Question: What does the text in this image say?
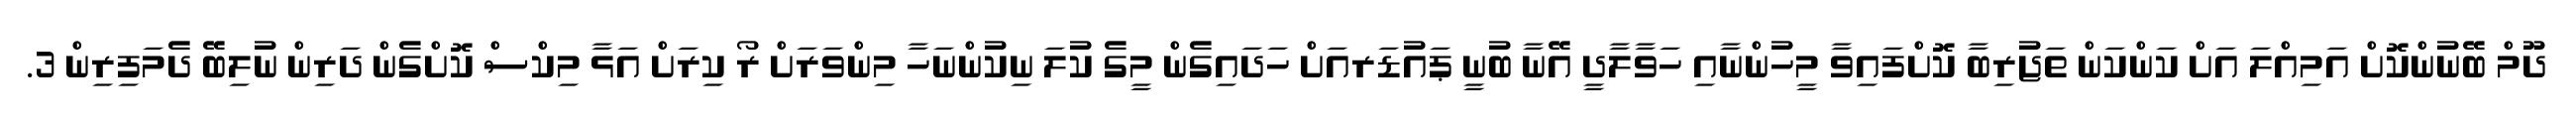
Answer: ދޫމް ބޭނުންކޮށް އަމިއްލަ އަށް ކަންކަން ތަޖުރިބާ ކޮށްފައިވާ މީހުންނާއި ހަވާލާދީ އޭނާ ބުނީ ޕައުޑަރއަށް ހަދައިގެން މީގެ ކުލަ ނިކުންނަހާ މިންވަރަށް ރޯ ކިރަށް އަޅާ މިކްސް ކޮށްގެން ދަރިން ނުލިބޭ ދެމަފިރިން 3.